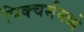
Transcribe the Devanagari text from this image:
पिक्‍चर्समध्ये